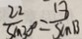
\frac { 2 2 } { \sin 3 0 ^ { \circ } } = \frac { 1 8 } { \sin B }